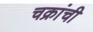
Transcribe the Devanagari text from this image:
चक्रांची